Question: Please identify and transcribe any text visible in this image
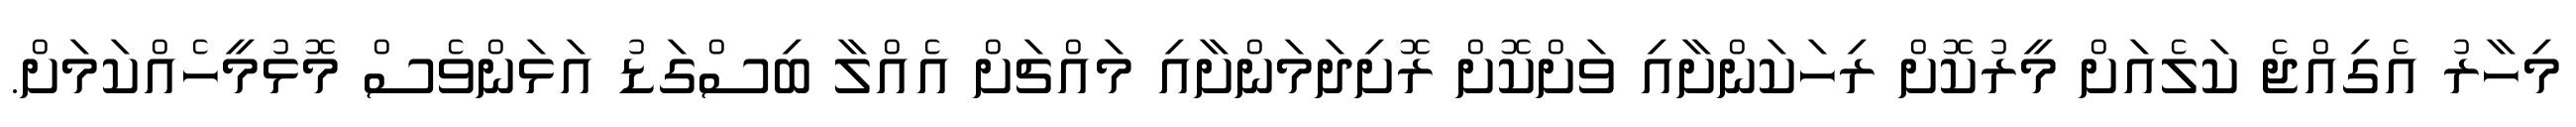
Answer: މިހާރު އެގިއްޖެ ކަލެއަށް މީރުކޮށް ރިހަކަންށާއި ވަށްކޮށް ރޮށިދަމަންށާއި މައްޗަށް އެއްލާ ބިސްގަޑު އަޅަންވެސް މޮޅުމީހެއްކަމަށް.